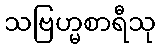
သဗြဟ္မစာရီသု